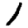
Digit: 1